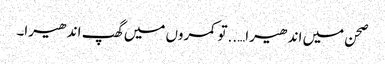
صحن میں اندھیرا…..تو کمروں میں گھپ اندھیرا۔